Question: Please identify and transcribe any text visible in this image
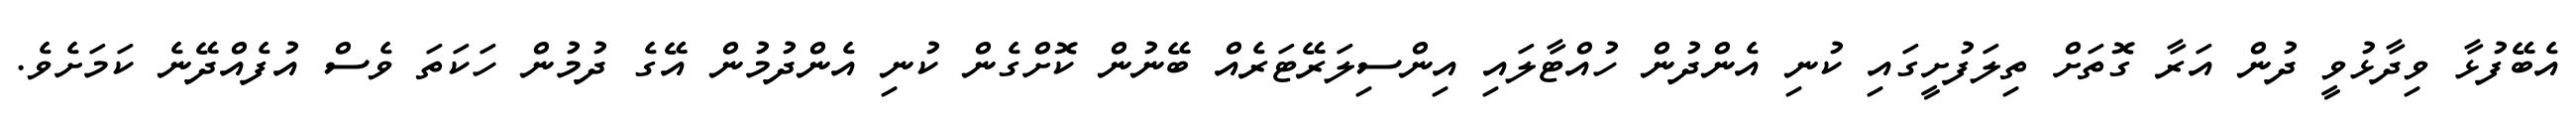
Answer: އެބޭފުޅާ ވިދާޅުވީ ދުން އަރާ ގޮތަށް ތިލަފުށީގައި ކުނި އެންދުން ހުއްޓާލައި އިންސިލަރޭޓަރެއް ބޭނުން ކޮށްގެން ކުނި އެންދުމުން އޭގެ ދުމުން ހަކަތަ ވެސް އުފެއްދޭނެ ކަމަށެވެ.